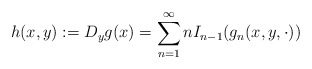
\begin{align*}h(x,y):=D_y g(x)=\sum^\infty_{n=1} n I_{n-1}(g_n(x,y,\cdot))\end{align*}